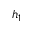
h _ { 1 }